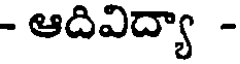
- ఆదివిద్యా -